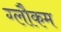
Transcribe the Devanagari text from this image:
ग्लौकम